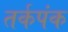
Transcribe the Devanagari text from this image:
तर्कपंक